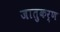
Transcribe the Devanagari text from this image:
जातुकर्ण